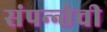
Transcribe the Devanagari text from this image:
संपन्न्तेची